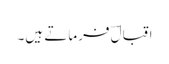
اقبالؔ فرماتے ہیں۔